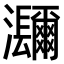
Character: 𤅤